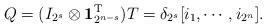
LaTeX: \begin{align*}Q=(I_{2^{s}}\otimes \textbf{1}_{2^{n-s}}^{\mathrm{T}} )T=\delta_{2^{s}}[i_1,\cdots,i_{2^n}].\end{align*}